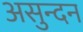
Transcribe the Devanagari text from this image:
असुन्दन